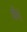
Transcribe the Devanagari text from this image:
पीत्